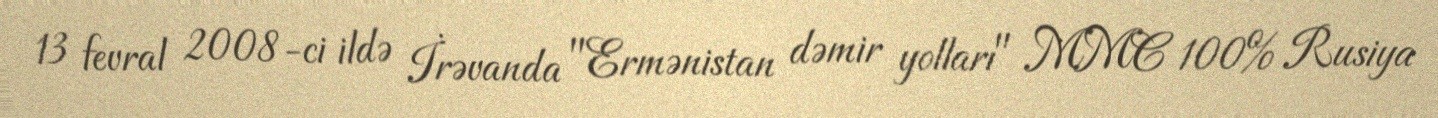
13 fevral 2008-ci ildə İrəvanda "Ermənistan dəmir yolları" MMC 100% Rusiya